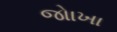
જોાખા